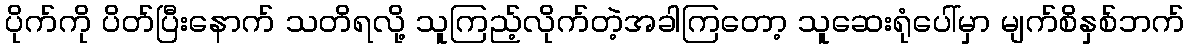
ပိုက်ကို ပိတ်ပြီးနောက် သတိရလို့ သူကြည့်လိုက်တဲ့အခါကြတော့ သူဆေးရုံပေါ်မှာ မျက်စိနှစ်ဘက်